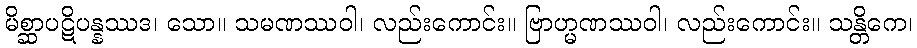
မိစ္ဆာပဋိပန္နဿဒ၊ သော။ သမဏဿဝါ၊ လည်းကောင်း။ ဗြာဟ္မဏဿဝါ၊ လည်းကောင်း။ သန္တိကေ၊